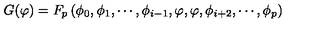
G ( \varphi ) = F _ { p } \left( \phi _ { 0 } , \phi _ { 1 } , \cdots , \phi _ { i - 1 } , \varphi , \varphi , \phi _ { i + 2 } , \cdots , \phi _ { p } \right)